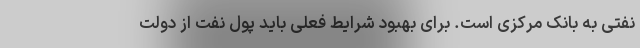
نفتی به بانک مرکزی است. برای بهبود شرایط فعلی باید پول نفت از دولت